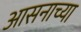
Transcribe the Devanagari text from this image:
आसनाच्या